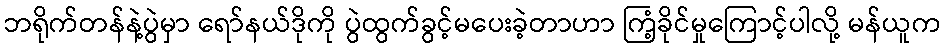
ဘရိုက်တန်နဲ့ပွဲမှာ ရော်နယ်ဒိုကို ပွဲထွက်ခွင့်မပေးခဲ့တာဟာ ကြံ့ခိုင်မှုကြောင့်ပါလို့ မန်ယူက